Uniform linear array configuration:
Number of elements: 8
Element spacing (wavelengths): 0.25
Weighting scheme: hamming
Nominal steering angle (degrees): -45
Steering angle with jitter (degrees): -46.758
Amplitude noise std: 0.05
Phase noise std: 0.05

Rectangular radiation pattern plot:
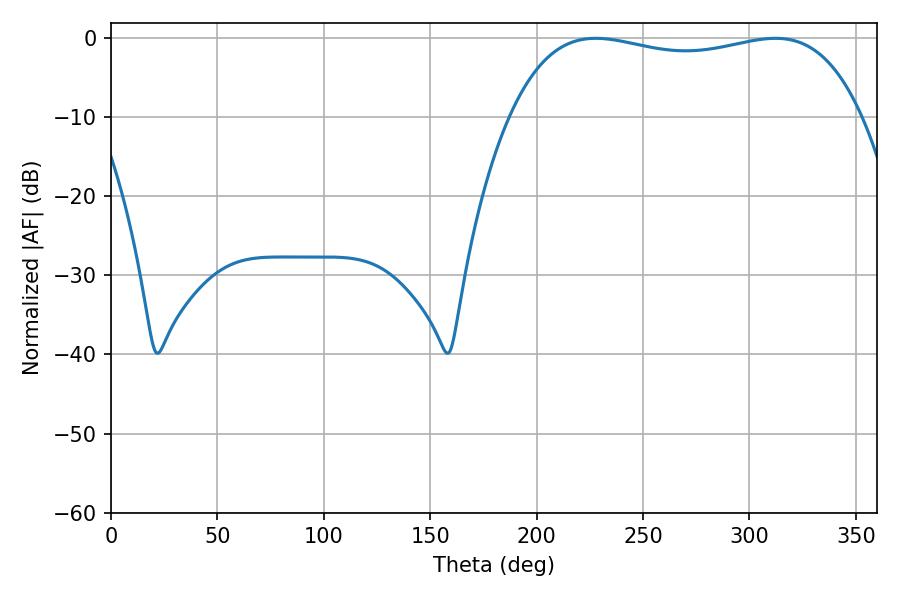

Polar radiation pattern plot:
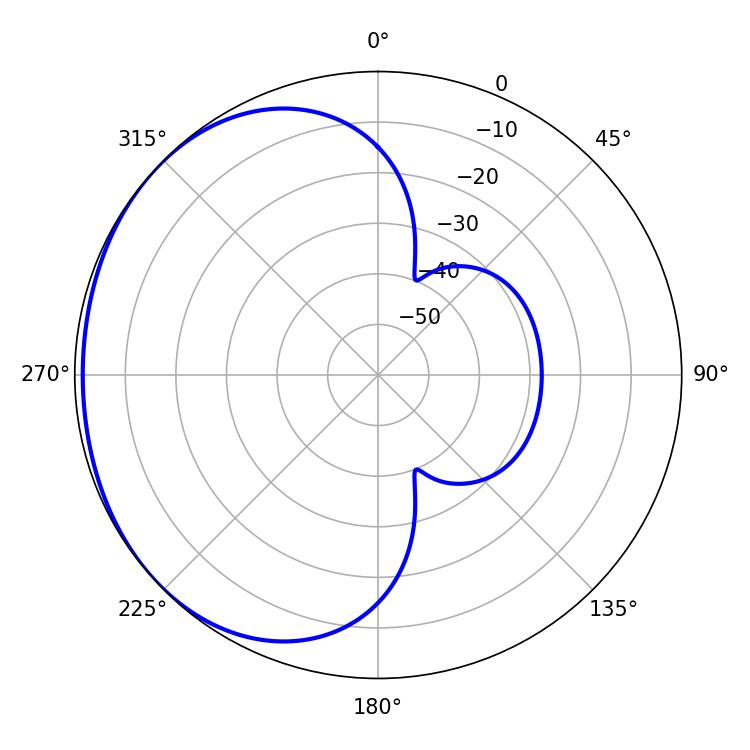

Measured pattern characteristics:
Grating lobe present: FALSE
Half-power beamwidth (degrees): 133.92
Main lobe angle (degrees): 227.7